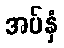
အပ်နှံ